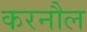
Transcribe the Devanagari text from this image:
करनौल